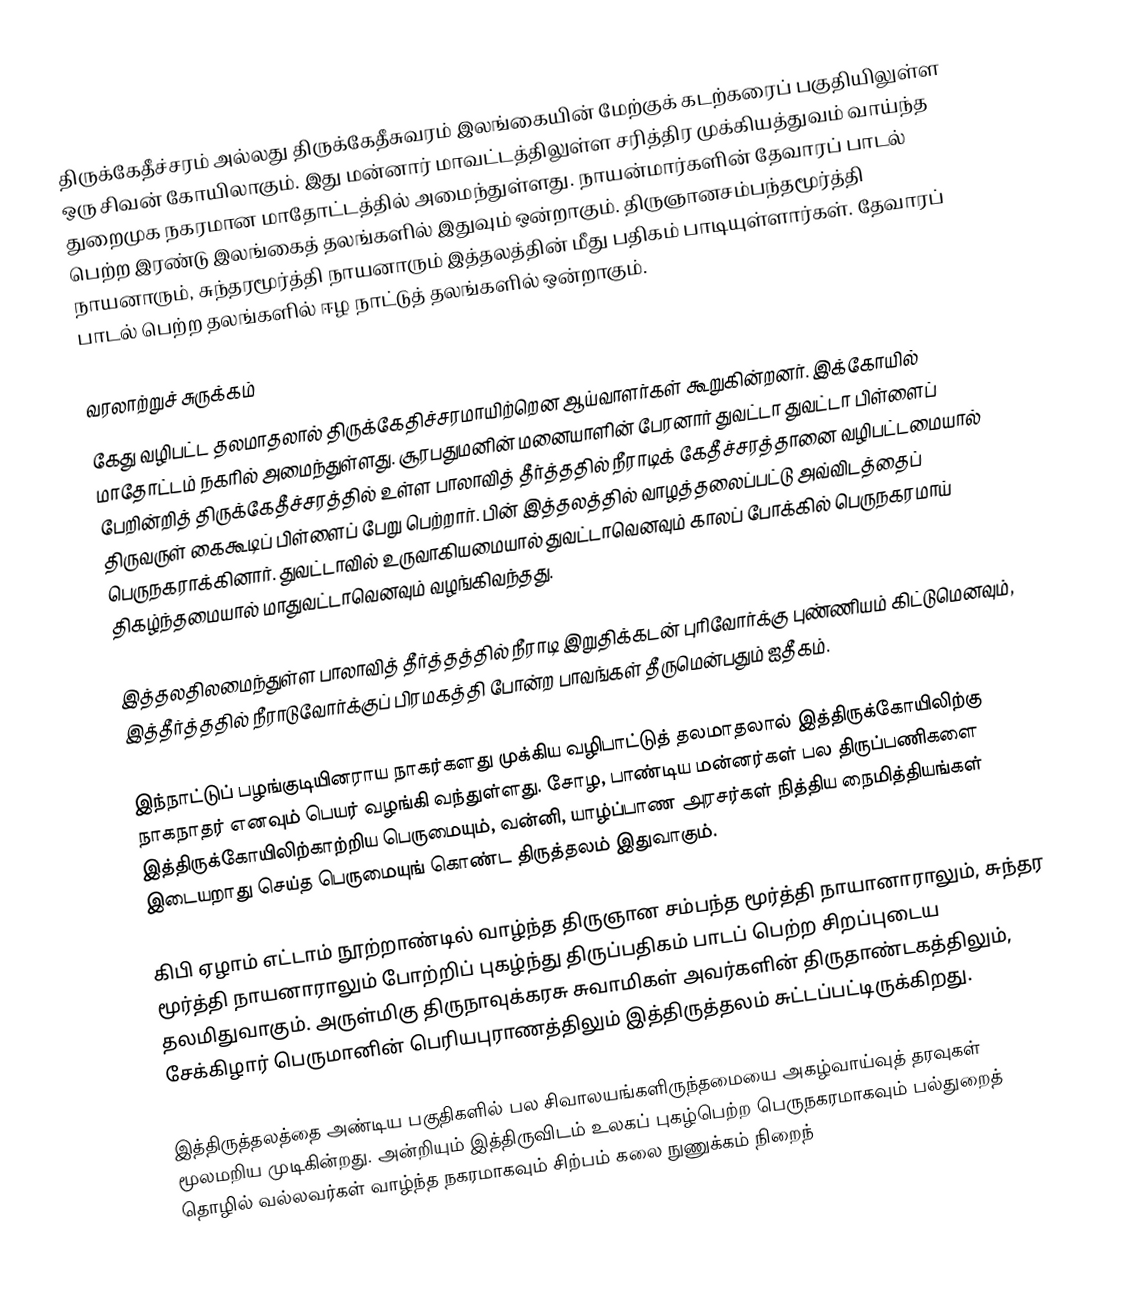
திருக்கேதீச்சரம் அல்லது திருக்கேதீசுவரம் இலங்கையின் மேற்குக் கடற்கரைப் பகுதியிலுள்ள ஒரு சிவன் கோயிலாகும். இது மன்னார் மாவட்டத்திலுள்ள சரித்திர முக்கியத்துவம் வாய்ந்த துறைமுக நகரமான மாதோட்டத்தில் அமைந்துள்ளது. நாயன்மார்களின் தேவாரப் பாடல் பெற்ற இரண்டு இலங்கைத் தலங்களில் இதுவும் ஒன்றாகும். திருஞானசம்பந்தமூர்த்தி நாயனாரும், சுந்தரமூர்த்தி நாயனாரும் இத்தலத்தின் மீது பதிகம் பாடியுள்ளார்கள்.  தேவாரப் பாடல் பெற்ற தலங்களில் ஈழ நாட்டுத் தலங்களில் ஒன்றாகும்.

வரலாற்றுச் சுருக்கம்
கேது வழிபட்ட தலமாதலால் திருக்கேதிச்சரமாயிற்றென ஆய்வாளர்கள் கூறுகின்றனர். இக்கோயில் மாதோட்டம் நகரில் அமைந்துள்ளது. சூரபதுமனின் மனையாளின் பேரனார் துவட்டா துவட்டா பிள்ளைப் பேறின்றித் திருக்கேதீச்சரத்தில் உள்ள பாலாவித் தீர்த்ததில் நீராடிக் கேதீச்சரத்தானை வழிபட்டமையால் திருவருள் கைகூடிப் பிள்ளைப் பேறு பெற்றார். பின் இத்தலத்தில் வாழத்தலைப்பட்டு அவ்விடத்தைப் பெருநகராக்கினார். துவட்டாவில் உருவாகியமையால் துவட்டாவெனவும் காலப் போக்கில் பெருநகரமாய் திகழ்ந்தமையால் மாதுவட்டாவெனவும் வழங்கிவந்தது.

இத்தலதிலமைந்துள்ள பாலாவித் தீர்த்தத்தில் நீராடி இறுதிக்கடன் புரிவோர்க்கு புண்ணியம் கிட்டுமெனவும், இத்தீர்த்ததில் நீராடுவோர்க்குப் பிரமகத்தி போன்ற பாவங்கள் தீருமென்பதும் ஐதீகம்.

இந்நாட்டுப் பழங்குடியினராய நாகர்களது முக்கிய வழிபாட்டுத் தலமாதலால் இத்திருக்கோயிலிற்கு நாகநாதர் எனவும் பெயர் வழங்கி வந்துள்ளது. சோழ, பாண்டிய மன்னர்கள் பல திருப்பணிகளை இத்திருக்கோயிலிற்காற்றிய பெருமையும், வன்னி, யாழ்ப்பாண அரசர்கள் நித்திய நைமித்தியங்கள் இடையறாது செய்த பெருமையுங் கொண்ட திருத்தலம் இதுவாகும்.

கிபி ஏழாம் எட்டாம் நூற்றாண்டில் வாழ்ந்த திருஞான சம்பந்த மூர்த்தி நாயானாராலும், சுந்தர மூர்த்தி நாயனாராலும் போற்றிப் புகழ்ந்து திருப்பதிகம் பாடப் பெற்ற சிறப்புடைய தலமிதுவாகும். அருள்மிகு திருநாவுக்கரசு சுவாமிகள் அவர்களின் திருதாண்டகத்திலும், சேக்கிழார் பெருமானின் பெரியபுராணத்திலும் இத்திருத்தலம் சுட்டப்பட்டிருக்கிறது.

இத்திருத்தலத்தை அண்டிய பகுதிகளில் பல சிவாலயங்களிருந்தமையை அகழ்வாய்வுத் தரவுகள் மூலமறிய முடிகின்றது. அன்றியும் இத்திருவிடம் உலகப் புகழ்பெற்ற பெருநகரமாகவும் பல்துறைத் தொழில் வல்லவர்கள் வாழ்ந்த நகரமாகவும் சிற்பம் கலை நுணுக்கம் நிறைந்